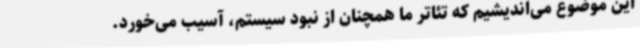
این موضوع می‌اندیشیم که تئاتر ما همچنان از نبود سیستم، آسیب می‌خورد.